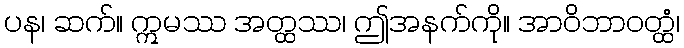
ပန၊ ဆက်။ ဣမဿ အတ္ထဿ၊ ဤအနက်ကို။ အာဝိဘာဝတ္ထံ၊